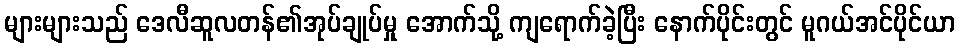
များများသည် ဒေလီဆူလတန်၏အုပ်ချုပ်မှု အောက်သို့ ကျရောက်ခဲ့ပြီး နောက်ပိုင်းတွင် မူဂယ်အင်ပိုင်ယာ